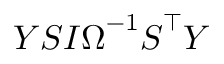
\boldsymbol { Y } \boldsymbol { S } \boldsymbol { I } \boldsymbol { \Omega } ^ { - 1 } \boldsymbol { S } ^ { \intercal } \boldsymbol { Y }